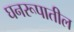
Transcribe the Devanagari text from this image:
घनरूपातील